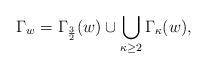
LaTeX: \begin{align*}\Gamma_w = \Gamma_{\frac{3}{2}}(w) \cup \bigcup\limits_{\kappa \geq 2} \Gamma_{\kappa}(w),\end{align*}